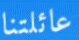
عائلتنا